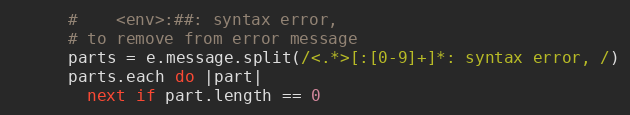
Language: Ruby
      #    <env>:##: syntax error,
      # to remove from error message
      parts = e.message.split(/<.*>[:[0-9]+]*: syntax error, /)
      parts.each do |part|
        next if part.length == 0